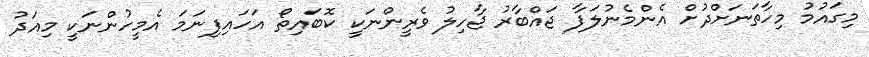
މިގައުމު މިހާތަނަށްދުށް އެންމެނުލަފާ ޖައްބާރު ޖާހިލު ވެރީންނަކީ ކޮބައިތޯ އަހައިފިނަމަ އެމީހުންނަކީ މިއަދު